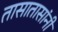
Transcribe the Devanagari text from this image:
तासातासांनी